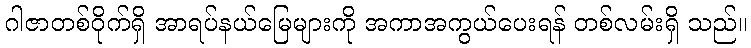
ဂါဇာတစ်ဝိုက်ရှိ အာရပ်နယ်မြေများကို အကာအကွယ်ပေးရန် တစ်လမ်းရှိ သည်။